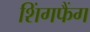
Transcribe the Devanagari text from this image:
शिंगफैंग